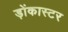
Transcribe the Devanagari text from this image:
ड़ोंकास्टर